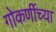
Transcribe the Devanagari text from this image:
गोकर्णीच्या